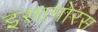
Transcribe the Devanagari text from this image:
इसागोरस